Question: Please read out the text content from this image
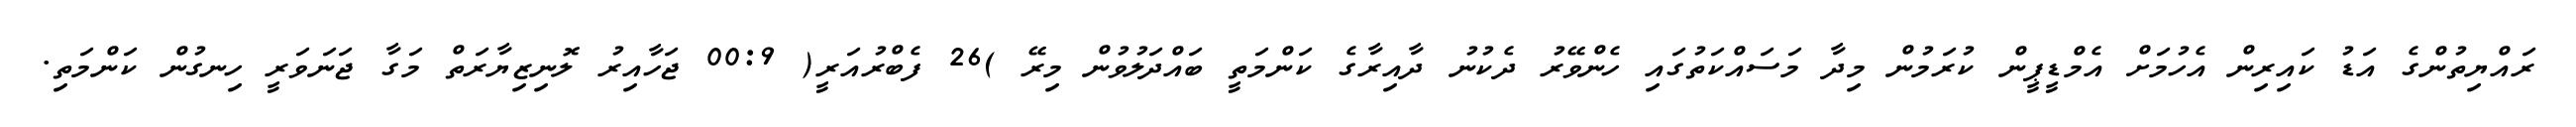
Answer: ރައްޔިތުންގެ އަޑު ކައިރިން އެހުމަށް އެމްޑީޕީން ކުރަމުން މިދާ މަސައްކަތުގައި ހެންވޭރު ދެކުނު ދާއިރާގެ ކަންމަތީ ބައްދަލުވުން މިރޭ )26 ފެބްރުއަރީ( 00:9 ޖަހާއިރު ލޮނިޒިޔާރަތް މަގާ ޖަނަވަރީ ހިނގުން ކަންމަތި.